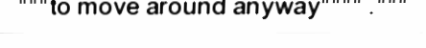
"""to move around anyway"""" ."""